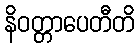
နိဝတ္တာပေတီတိ